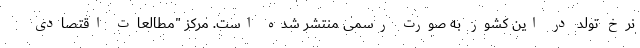
نرخ تولد در این کشور به صورت رسمی منتشر شده است. مرکز "مطالعات اقتصادی